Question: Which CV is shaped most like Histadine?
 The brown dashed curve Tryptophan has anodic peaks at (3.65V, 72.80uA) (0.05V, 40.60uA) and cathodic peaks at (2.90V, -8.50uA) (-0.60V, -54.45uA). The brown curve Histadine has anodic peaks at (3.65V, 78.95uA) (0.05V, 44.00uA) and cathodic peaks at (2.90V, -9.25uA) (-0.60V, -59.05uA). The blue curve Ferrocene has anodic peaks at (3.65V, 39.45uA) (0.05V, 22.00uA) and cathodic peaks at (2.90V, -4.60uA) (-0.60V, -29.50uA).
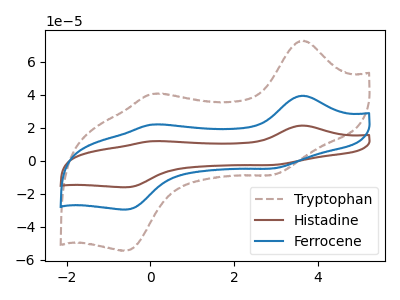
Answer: <think>All the peaks in "Tryptophan" have a peak in "Histadine" at the same potential. Every peak in "Tryptophan" is lower than every peak in "Histadine". All the peaks in "Tryptophan" have a peak in "Ferrocene" at the same potential. Every peak in "Tryptophan" is higher than every peak in "Ferrocene". All the peaks in "Histadine" have a peak in "Ferrocene" at the same potential. Every peak in "Histadine" is higher than every peak in "Ferrocene".
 </think>
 <answer>"Histadine" and "Ferrocene" have a similar shape to "Tryptophan".</answer>
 <eval>"Histadine" "Ferrocene"</eval>